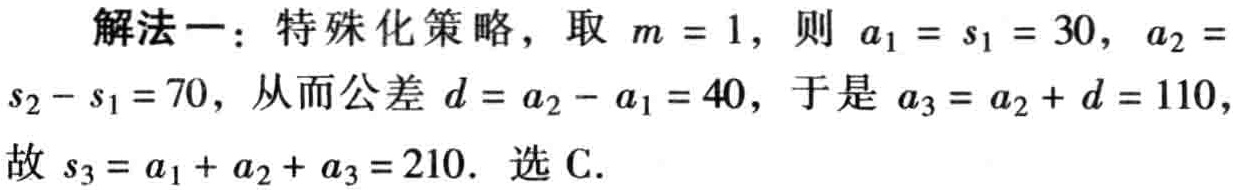
解法一：特殊化策略，取 \(m = 1\)，则 \(a_{1} = s_{1} = 30\)，\(a_{2} = s_{2}-s_{1}=70\)，从而公差 \(d = a_{2}-a_{1}=40\)，于是 \(a_{3} = a_{2}+d = 110\)，故 \(s_{3}=a_{1}+a_{2}+a_{3}=210\). 选 C.